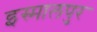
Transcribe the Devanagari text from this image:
इस्मालपुर